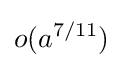
o(a^{7/11})